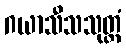
ဂယာသီသသုတ္တံ